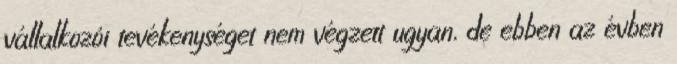
vállalkozói tevékenységet nem végzett ugyan, de ebben az évben